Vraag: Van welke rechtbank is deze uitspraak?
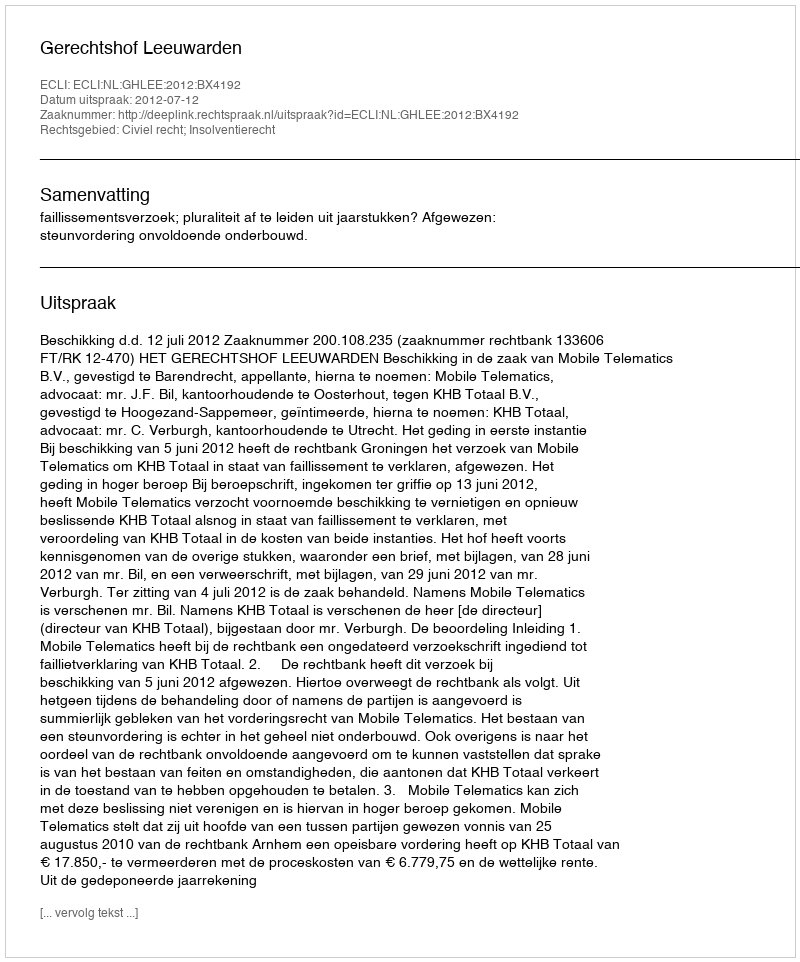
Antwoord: Gerechtshof Leeuwarden